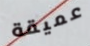
عميقة